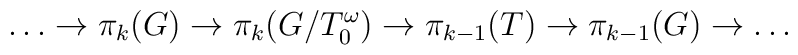
\ldots \to \pi_k(G) \to \pi_k(G/T^\omega_0) \to \pi_{k-1}(T) \to \pi_{k-1}(G) \to \ldots